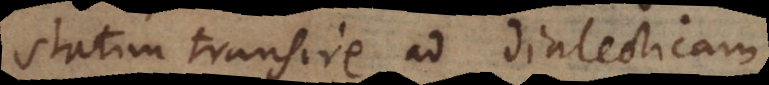
statim transire ad dialecticam